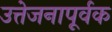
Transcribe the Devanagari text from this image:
उत्तेजनापूर्वक